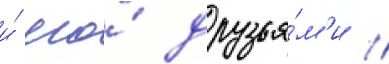
и́ его́ друзья́м'и //